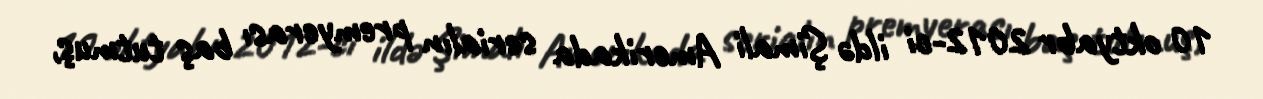
10 oktyabr 2012-ci ildə Şimali Amerikada serialın premyerası baş tutmuş,